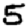
Digit: 5